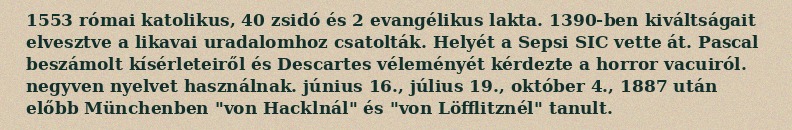
1553 római katolikus, 40 zsidó és 2 evangélikus lakta. 1390-ben kiváltságait elvesztve a likavai uradalomhoz csatolták. Helyét a Sepsi SIC vette át. Pascal beszámolt kísérleteiről és Descartes véleményét kérdezte a horror vacuiról. negyven nyelvet használnak. június 16., július 19., október 4., 1887 után előbb Münchenben "von Hacklnál" és "von Löfflitznél" tanult.